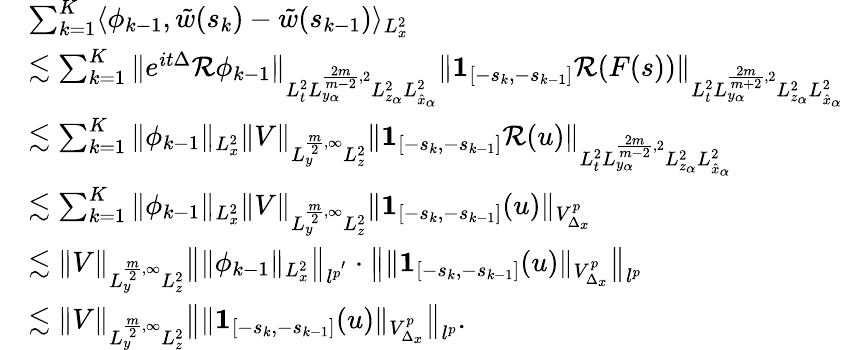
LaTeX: \begin{array}{rl}&{\sum_{k=1}^{K}\langle\phi_{k-1},\tilde{w}(s_{k})-\tilde{w}(s_{k-1})\rangle_{L_{x}^{2}}}\\ &{\lesssim\sum_{k=1}^{K}\| e^{it\Delta}\mathcal{R}\phi_{k-1}\| _{L_{t}^{2}L_{y_{\alpha}}^{\frac{2m}{m-2},2}L_{z_{\alpha}}^{2}L_{\hat{x}_{\alpha}}^{2}}\| \textbf{1}_{[-s_{k},-s_{k-1}]}\mathcal{R}(F(s))\| _{L_{t}^{2}L_{y_{\alpha}}^{\frac{2m}{m+2},2}L_{z_{\alpha}}^{2}L_{\hat{x}_{\alpha}}^{2}}}\\ &{\lesssim\sum_{k=1}^{K}\| \phi_{k-1}\| _{L_{x}^{2}}\| V\| _{L_{y}^{\frac{m}{2},\infty}L_{z}^{2}}\| \textbf{1}_{[-s_{k},-s_{k-1}]}\mathcal{R}(u)\| _{L_{t}^{2}L_{y_{\alpha}}^{\frac{2m}{m-2},2}L_{z_{\alpha}}^{2}L_{\hat{x}_{\alpha}}^{2}}}\\ &{\lesssim\sum_{k=1}^{K}\| \phi_{k-1}\| _{L_{x}^{2}}\| V\| _{L_{y}^{\frac{m}{2},\infty}L_{z}^{2}}\| \textbf{1}_{[-s_{k},-s_{k-1}]}(u)\| _{V_{\Delta_{x}}^{p}}}\\ &{\lesssim\| V\| _{L_{y}^{\frac{m}{2},\infty}L_{z}^{2}}\big\| \| \phi_{k-1}\| _{L_{x}^{2}}\big\| _{l^{p^{'}}}\cdot\big\| \| \textbf{1}_{[-s_{k},-s_{k-1}]}(u)\| _{V_{\Delta_{x}}^{p}}\big\| _{l^{p}}}\\ &{\lesssim\| V\| _{L_{y}^{\frac{m}{2},\infty}L_{z}^{2}}\big\| \| \textbf{1}_{[-s_{k},-s_{k-1}]}(u)\| _{V_{\Delta_{x}}^{p}}\big\| _{l^{p}}.}\end{array}